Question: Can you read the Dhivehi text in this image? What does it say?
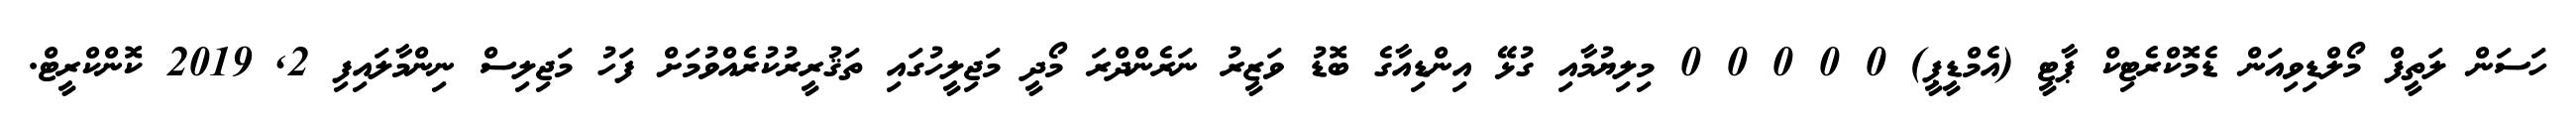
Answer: ހަސަން ލަތީފް މޯލްޑިވިއަން ޑެމޮކްރެޓިކް ޕާޓީ (އެމްޑީޕީ) 0 0 0 0 0 މިލިޔުމާއި ގުޅޭ އިންޑިއާގެ ބޮޑު ވަޒީރު ނަރެންދްރަ މޯދީ މަޖިލީހުގައި ތަޤުރީރުކުރެއްވުމަށް ފަހު މަޖިލިސް ނިންމާލައިފި 2, 2019 ކޮންކްރީޓް.